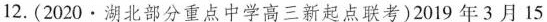
12.(2020·湖北部分重点中学高三新起点联考)2019年3月15日